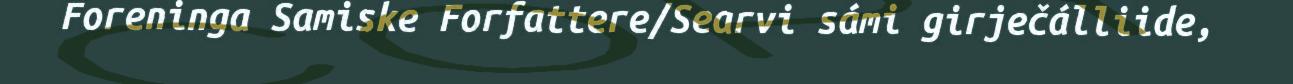
Foreninga Samiske Forfattere/Searvi sámi girječálliide,